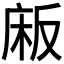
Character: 𫷰